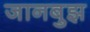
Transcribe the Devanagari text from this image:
जानबुझ